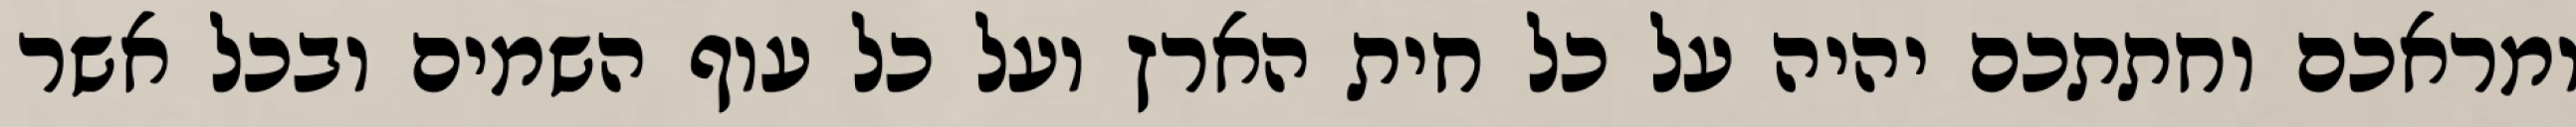
ומראכם וחתתכם יהיה על כל חית הארץ ועל כל עוף השמים ובכל אשר